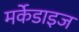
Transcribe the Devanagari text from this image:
मर्केडाइज